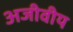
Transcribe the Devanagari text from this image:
अजीवीय